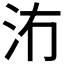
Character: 𱥲